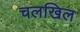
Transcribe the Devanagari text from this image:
चलखिल